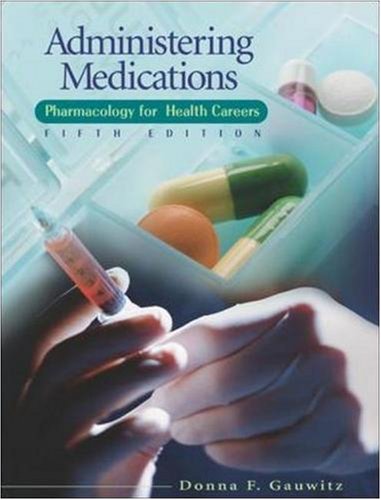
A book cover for Administering Medications; Donna Gauwitz; Medical Books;